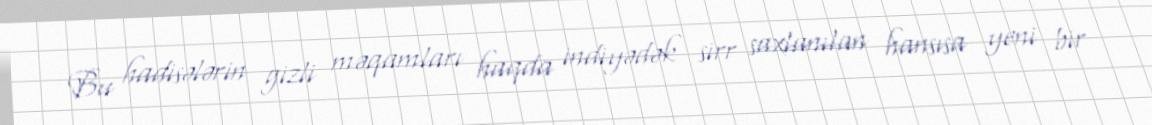
Bu hadisələrin gizli məqamları haqda indiyədək sirr saxlanılan hansısa yeni bir